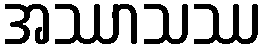
အဿာသဿ